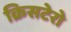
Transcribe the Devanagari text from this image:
क्रिसटेरो